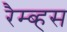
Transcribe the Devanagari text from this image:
रैम्ब्हस